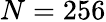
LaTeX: N=256